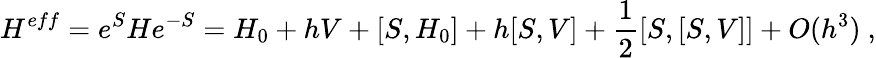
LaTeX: H^{eff}=e^{S}He^{-S}=H_{0}+hV+[S,H_{0}]+h[S,V]+\frac{1}{2}[S,[S,V]]+O(h^{3})\ ,